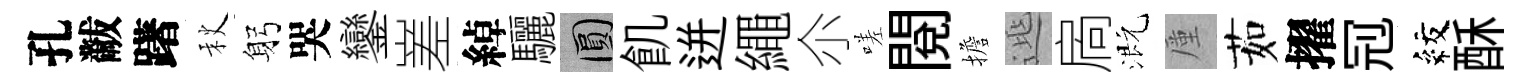
孔黻躇秋躬哭鑾嵳綽驪圓飢迸繩尒嗟閲擔𨓱扄溉厪茹擢𠜍紋酥